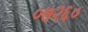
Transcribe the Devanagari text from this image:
०७२६०